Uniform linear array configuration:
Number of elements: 24
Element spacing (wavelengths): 0.5
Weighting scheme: cosine
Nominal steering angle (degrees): -60
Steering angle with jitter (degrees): -59.373
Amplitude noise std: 0.05
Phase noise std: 0.05

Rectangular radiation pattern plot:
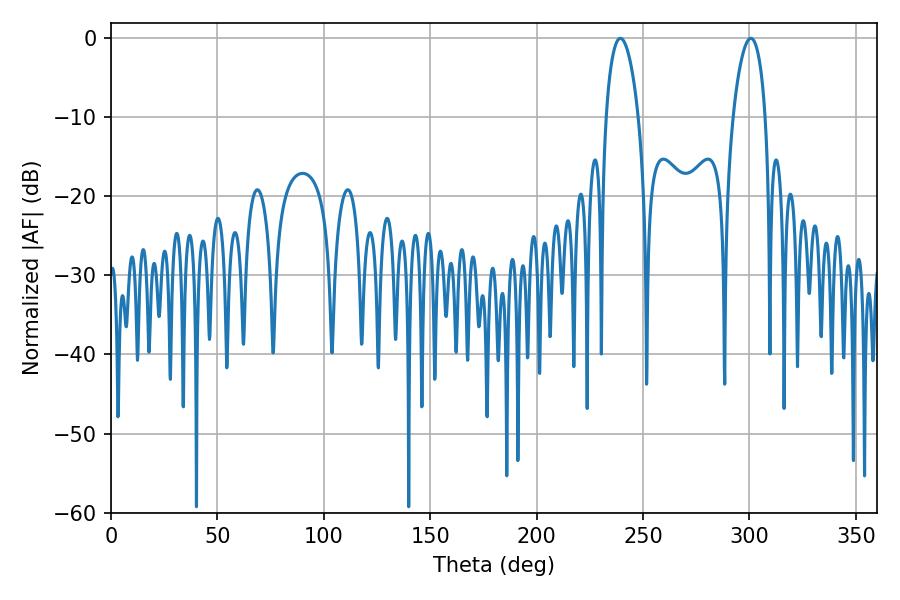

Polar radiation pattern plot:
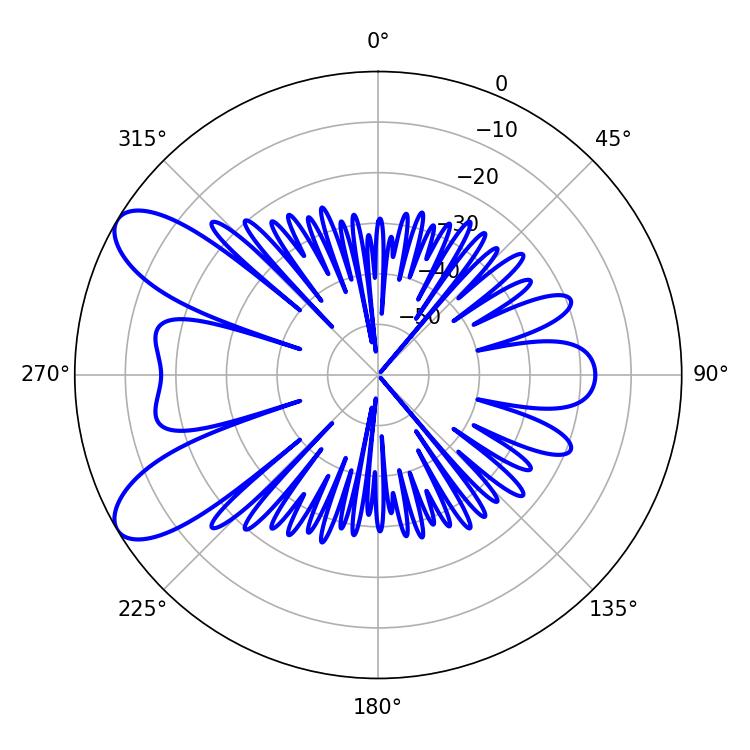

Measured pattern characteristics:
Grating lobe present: FALSE
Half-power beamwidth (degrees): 8.64
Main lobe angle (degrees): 239.4